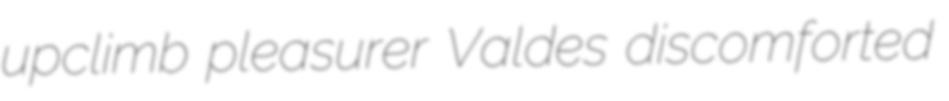
upclimb pleasurer Valdes discomforted